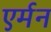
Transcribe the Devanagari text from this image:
एर्मन